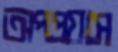
অপপ্রয়াস